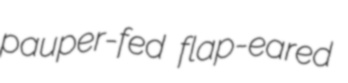
pauper-fed flap-eared